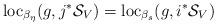
LaTeX: \begin{align*}\mathrm{loc}_{\beta_{\eta}}(g,j^{\ast}\mathcal{S}_{V})=\mathrm{loc}_{\beta_{s}}(g,i^{\ast}\mathcal{S}_{V})\end{align*}